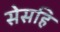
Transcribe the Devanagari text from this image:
सेसहि